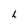
Character: h